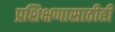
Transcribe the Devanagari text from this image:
प्रशिक्षणासाठीही